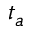
t _ { a }